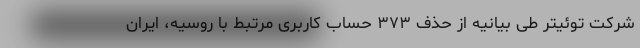
شرکت توئیتر طی بیانیه از حذف ۳۷۳ حساب کاربری مرتبط با روسیه، ایران